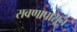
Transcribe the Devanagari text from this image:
रावणापासून